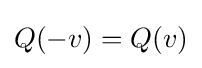
Q(-v)=Q(v)